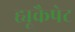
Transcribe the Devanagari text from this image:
ह्यूकैपेट